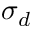
\sigma _ { d }